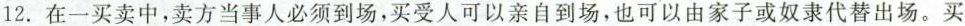
12.在一买卖中，卖方当事人必须到场，买受人可以亲自到场，也可以由家子或奴隶代替出场。买